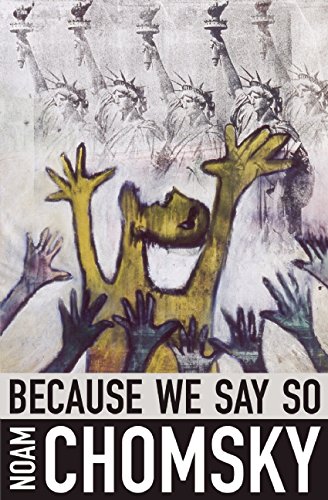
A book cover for Because We Say So (City Lights Open Media); Noam Chomsky; Politics & Social Sciences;